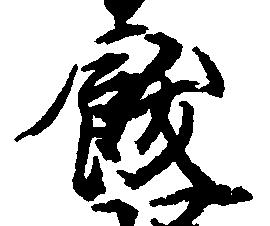
飫